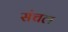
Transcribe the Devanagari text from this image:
संचल